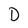
Character: D